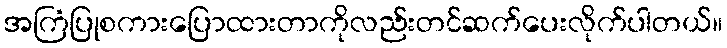
အကြံပြုစကားပြောထားတာကိုလည်းတင်ဆက်ပေးလိုက်ပါတယ်။